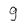
Character: g